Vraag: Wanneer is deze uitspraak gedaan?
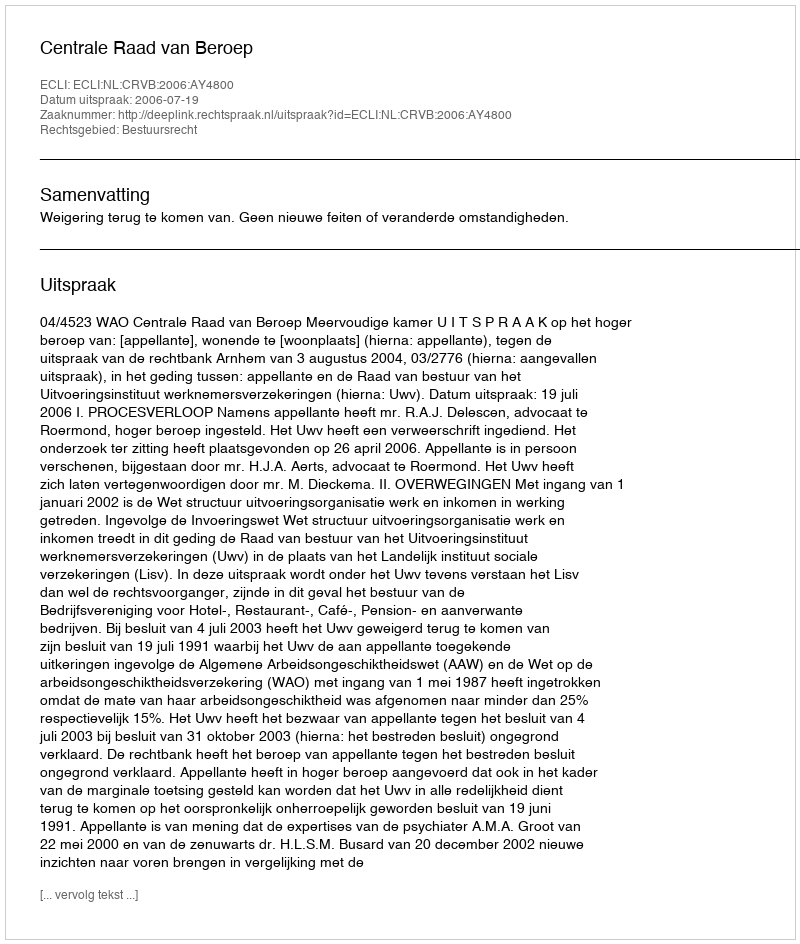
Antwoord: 2006-07-19